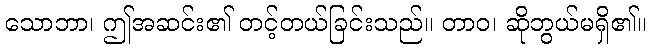
သောဘာ၊ ဤအဆင်း၏ တင့်တယ်ခြင်းသည်။ တာဝ၊ ဆိုဘွယ်မရှိ၏။